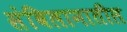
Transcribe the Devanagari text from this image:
संबिलानातील